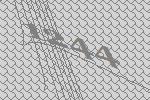
1244